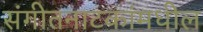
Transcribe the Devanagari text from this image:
संगीतनाटकांमधील